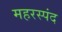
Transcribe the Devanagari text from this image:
महरस्पंद